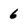
Character: 6